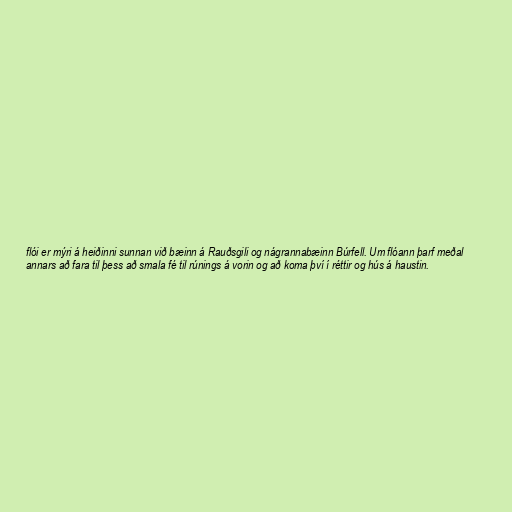
flói er mýri á heiðinni sunnan við bæinn á Rauðsgili og nágrannabæinn Búrfell. Um flóann þarf meðal
annars að fara til þess að smala fé til rúnings á vorin og að koma því í réttir og hús á haustin.